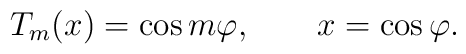
T_m(x)=\cos m\varphi,\qquad x=\cos\varphi.